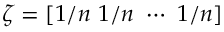
\zeta = [ 1 / n ~ 1 / n ~ \cdots ~ 1 / n ]